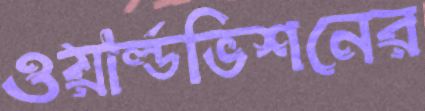
ওয়ার্ল্ডভিশনের